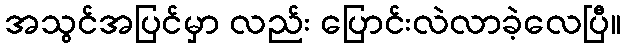
အသွင်အပြင်မှာ လည်း ပြောင်းလဲလာခဲ့လေပြီ။